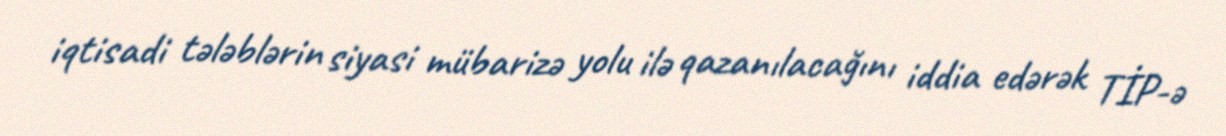
iqtisadi tələblərin siyasi mübarizə yolu ilə qazanılacağını iddia edərək TİP-ə